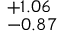
_ { - 0 . 8 7 } ^ { + 1 . 0 6 }